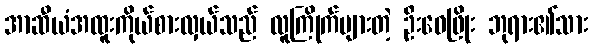
အာဆီယံအထူးကိုယ်စားလှယ်သည် လူကြိုက်များတဲ့ ဦးဝေဖြိုး ဘုရား၏သား